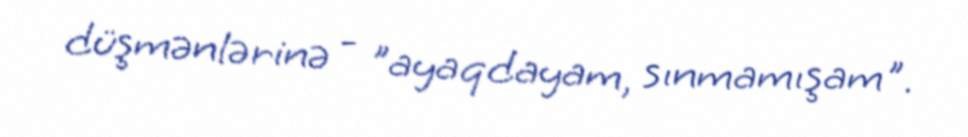
düşmənlərinə - "ayaqdayam, sınmamışam".